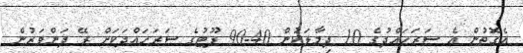
އެގޮތުން އެ ސަރަހައްދުގެ 10 ދިމާލަކުން 40-90 ފޫޓުގެ ސަރަހައްދަކަށް ރޭ ދަންވަރުން